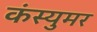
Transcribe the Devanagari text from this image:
कंस्युमर